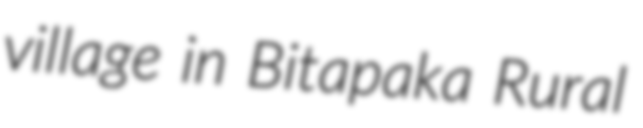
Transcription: village in Bitapaka Rural